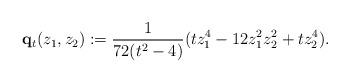
LaTeX: \begin{align*}{\mathbf q}_t(z_1,z_2):=\frac{1}{72(t^2-4)}(tz_1^4-12z_1^2z_2^2+tz_2^4).\end{align*}